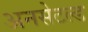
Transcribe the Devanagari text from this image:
अनसेटल्ड